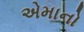
એમાનો